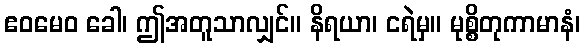
ဧဝမေဝ ခေါ၊ ဤအတူသာလျှင်။ နိရယာ၊ ငရဲမှ။ မုစ္စိတုကာမာနံ၊